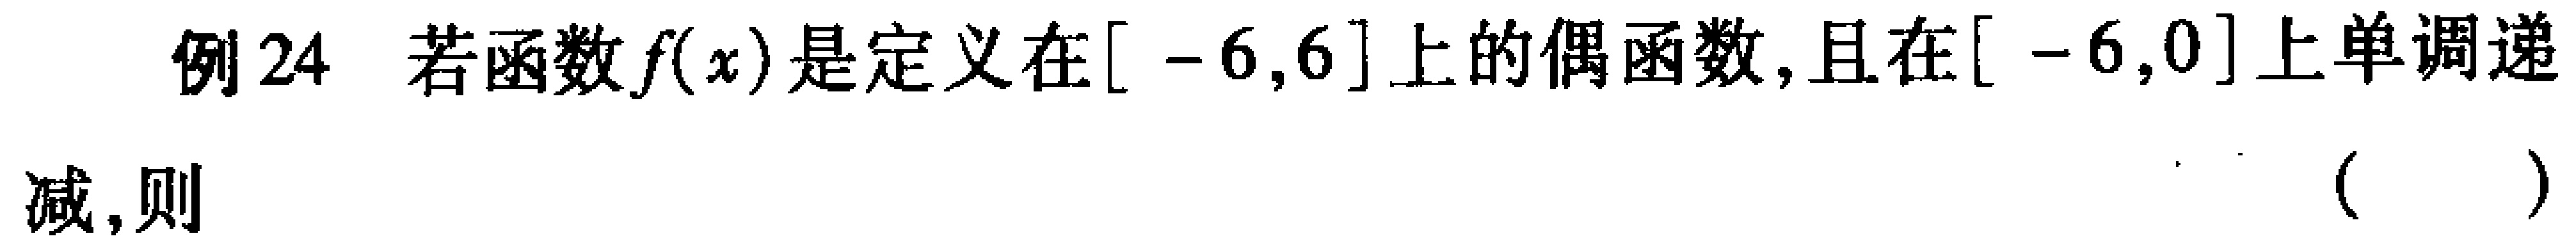
例24 若函数\(f(x)\)是定义在\([ - 6,6]\)上的偶函数,且在\([ - 6,0]\)上单调递减,则（  ）